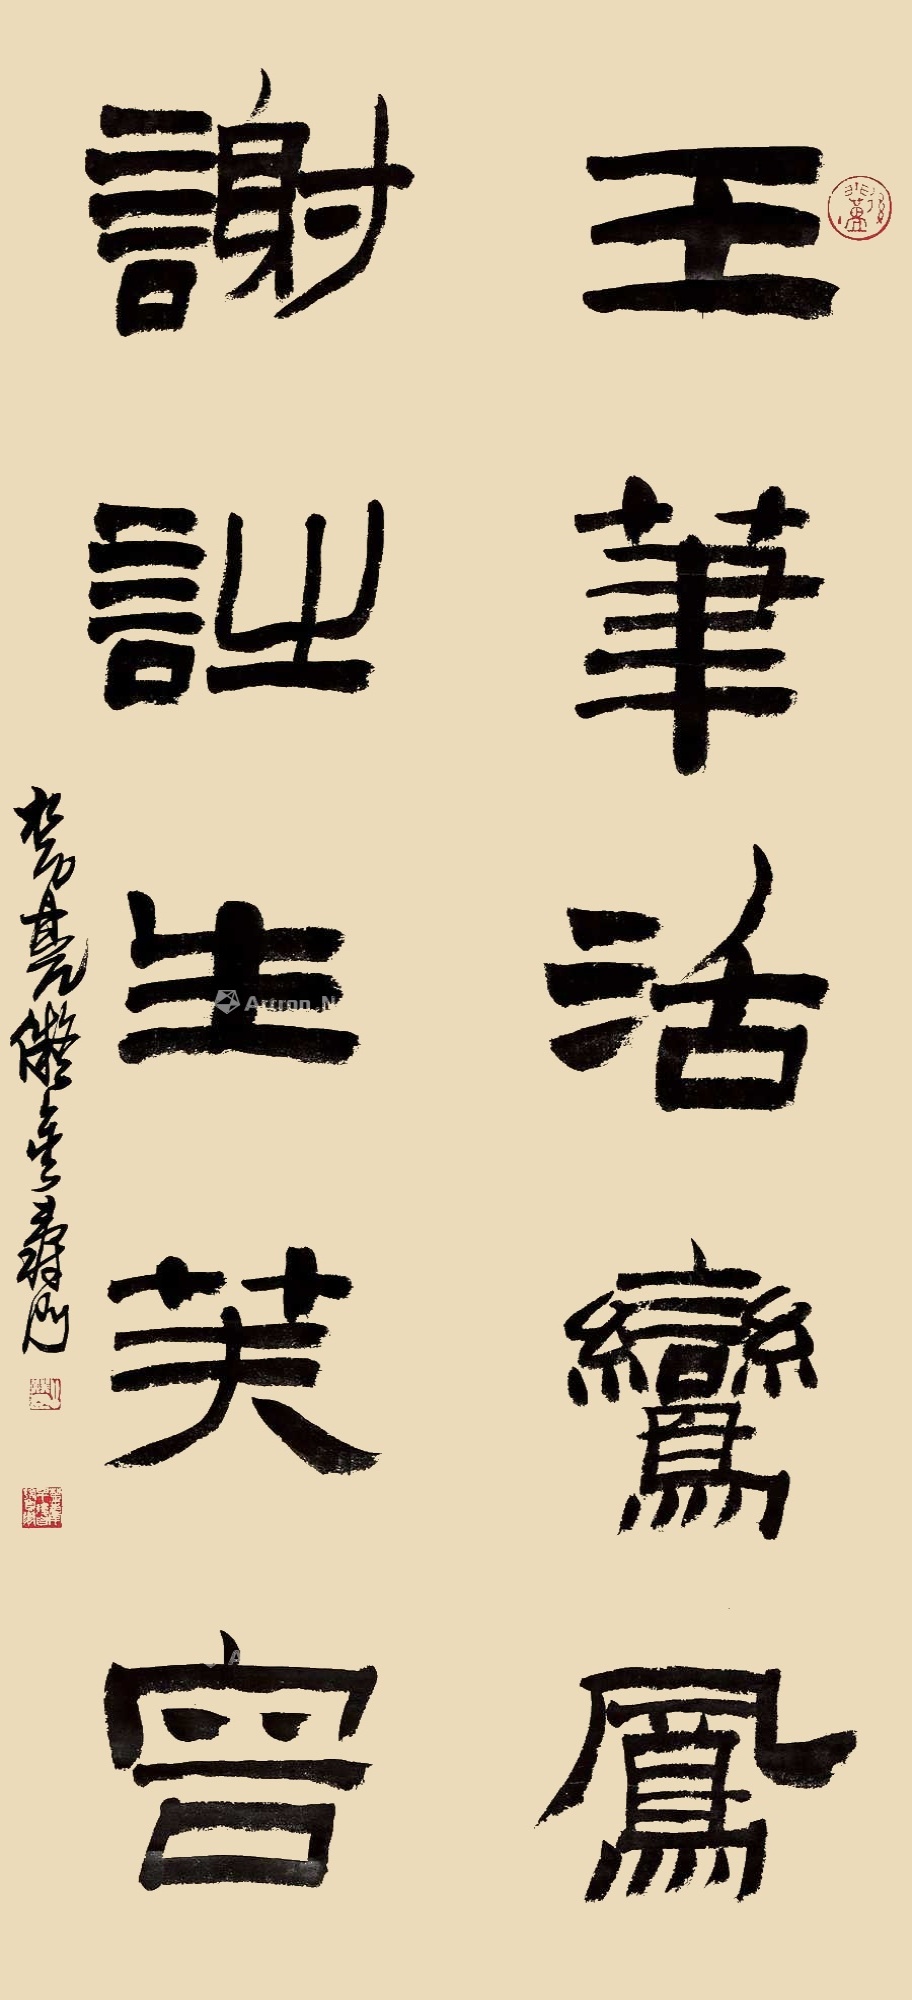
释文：王笔活鸾凤，谢诗生芙蓉。楚凫拟金寿门。